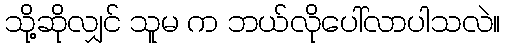
သို့ဆိုလျှင် သူမ က ဘယ်လိုပေါ်လာပါသလဲ။